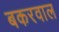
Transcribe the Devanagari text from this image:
बकरवाल